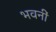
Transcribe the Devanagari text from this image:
भवनीं